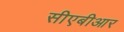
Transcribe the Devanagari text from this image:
सीएबीआर